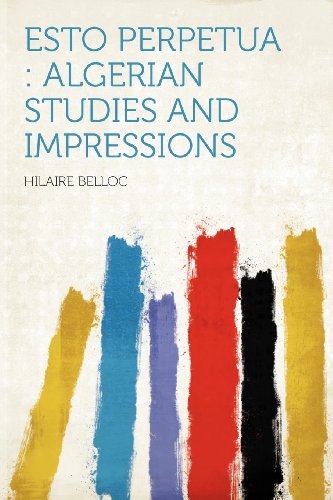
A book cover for Esto Perpetua: Algerian Studies and Impressions; Travel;